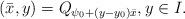
LaTeX: \begin{align*} (\bar x, y)= Q_{\psi_0 + (y- y_0)\bar x}, y\in I.\end{align*}